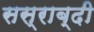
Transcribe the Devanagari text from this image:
सस्राब्दी